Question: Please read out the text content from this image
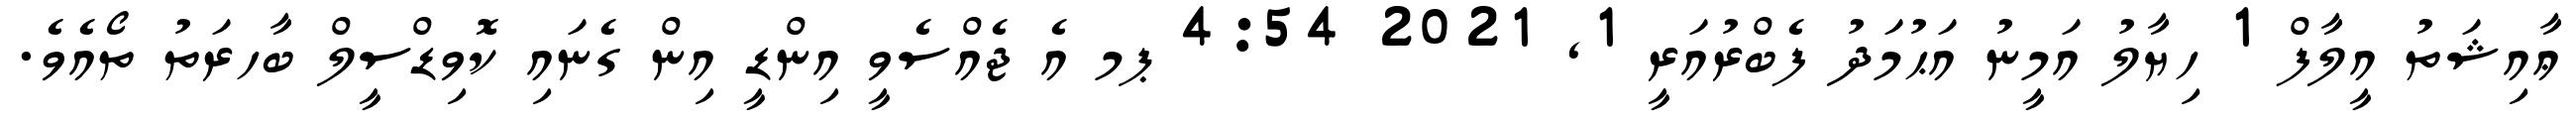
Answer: ޢާއިޝަތު އީލާފް 1 ހިޔާލު އަމީނު އަޙުމަދު ފެބްރުއަރީ 1, 2021 4:54 ޕމ އެ ޖެއްސެވީ އިންޑީ އިން ގެނައި ކޮވިޑްސީލް ބާހރަތު ތޯއެވެ.